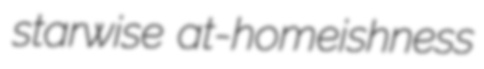
starwise at-homeishness